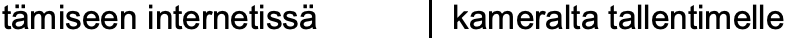
tämiseen internetissä kameralta tallentimelle